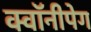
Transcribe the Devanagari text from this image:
क्वॉनीपेग